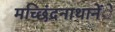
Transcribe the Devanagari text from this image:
मच्छिंद्रनाथानेेंे